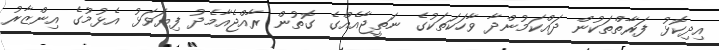
އިދިކޮޅު ފަރާތްތަކުން ދައްކަމުންދާ ވާހަކަތަކުގެ ނަތީޖާއެއްގެ ގޮތުން ރާއްޖެއާމެދު ފިޔަވަޅު އެޅުމުގެ އިންޒާރު